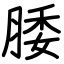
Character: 腇